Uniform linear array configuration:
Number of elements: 48
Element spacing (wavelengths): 0.5
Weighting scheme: uniform
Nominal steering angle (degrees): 0
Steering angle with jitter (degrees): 1.24
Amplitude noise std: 0.05
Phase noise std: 0.05

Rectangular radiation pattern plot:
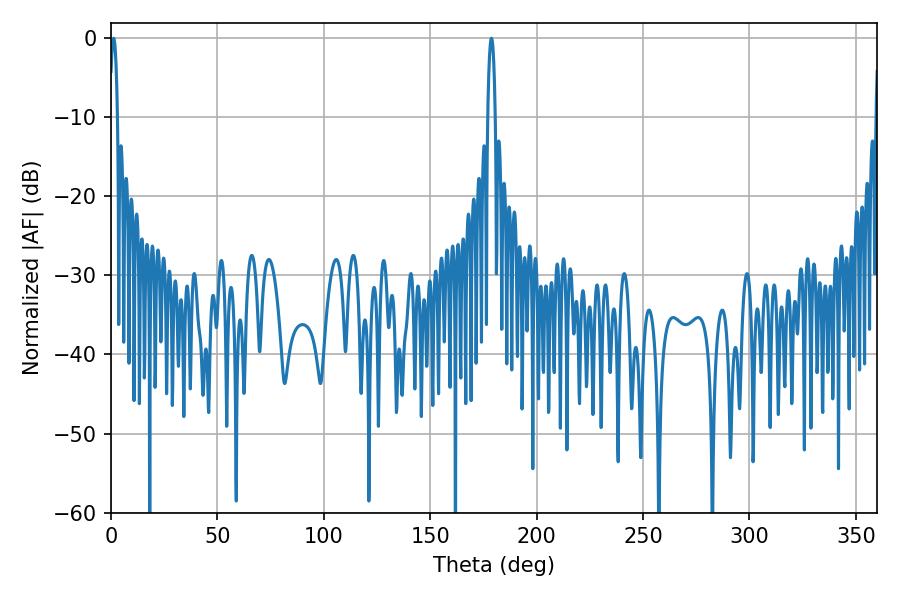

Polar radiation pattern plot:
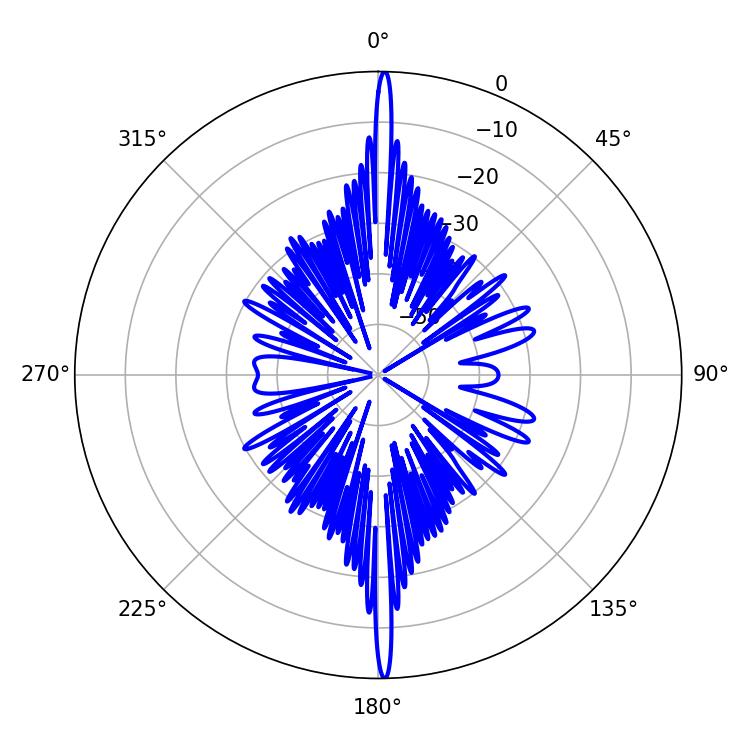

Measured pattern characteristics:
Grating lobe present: FALSE
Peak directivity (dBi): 29.675
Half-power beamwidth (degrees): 1.98
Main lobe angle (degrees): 1.26